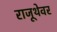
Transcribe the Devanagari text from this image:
राजूथेवर